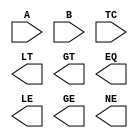
////////////////////////////////////////////////////////////////////////////////
//
//       This confidential and proprietary software may be used only
//     as authorized by a licensing agreement from Synopsys Inc.
//     In the event of publication, the following notice is applicable:
//
//                    (C) COPYRIGHT 1994 - 2018 SYNOPSYS INC.
//                           ALL RIGHTS RESERVED
//
//       The entire notice above must be reproduced on all authorized
//     copies.
//
//
// VERSION:   Simulation Architecture
//
// DesignWare_version: ed380774
// DesignWare_release: O-2018.06-DWBB_201806.3
//
////////////////////////////////////////////////////////////////////////////////
//-----------------------------------------------------------------------------------
//
// ABSTRACT:  6-Function Comparator
//           GT: A > B
//           LT: A < B
//           EQ: A = B
//           LE: A =< B
//           GE: A >= B
//           NE: A /= B
//           When TC  = 0   Unsigned numbers
//           When TC  = 1   Two's - complement numbers
//           Added functionality for X/Z handling
//           RPH        07/17/2002 
//                      Rewrote to comply with the new guidelines
//
//           dougl      12/15/04
//                      Fixed decoding of x's from "-1" to "3".
//-------------------------------------------------------------------------------
module DW01_cmp6
  (A, B, TC, LT, GT, EQ, LE, GE, NE);

  parameter integer width = 8;

  // port list declaration in order
  input [ width- 1: 0] A, B;
  input TC; // 1 => 2's complement numbers
   
  output LT; 
  output GT;
  output EQ;
  output LE;
  output GE;
  output NE;
  
   // synopsys translate_off

   wire[1:0] result;
   
    function is_less;
    parameter integer sign = width - 1;
    input [width-1 : 0]  A, B;
    input TC; //Flag of Signed
    reg	a_is_0, b_is_1, result ;
    integer i;
    begin
        if ( TC === 1'b0 ) begin  // unsigned numbers
	  result = 0;
	  for (i = 0; i <= sign; i = i + 1) begin
	      a_is_0 = A[i] === 1'b0;
	      b_is_1 = B[i] === 1'b1;
	      result = (a_is_0 & b_is_1) |
			(a_is_0 & result) |
			(b_is_1 & result);
	  end // loop
        end else begin  // signed numbers
	  if ( A[sign] !== B[sign] ) begin
	      result = A[sign] === 1'b1;
	  end else begin
	      result = 0;
	      for (i = 0; i <= sign-1; i = i + 1) begin
		  a_is_0 = A[i] === 1'b0;
		  b_is_1 = B[i] === 1'b1;
		  result = (a_is_0 & b_is_1) |
			    (a_is_0 & result) |
			    (b_is_1 & result);
	      end // loop
  	  end // if
        end // if
	is_less = result;
    end
    endfunction // ;

   function [1:0] eq_lt_gt;
      input [width-1 : 0] A, B;
      input 		  TC; //Flag of Signed
      reg[1:0]		  result;
      begin
	 if ((TC === 1'bx) | (^A) === 1'bx | (^B) === 1'bx)
	    result = 3;
	 else if (A === B)
	    result = 0;
	 else if (is_less(A,B,TC) === 1)
	    result = 1;
	 else
	    result = 2;
	 eq_lt_gt = result;
      end
   endfunction // eq_lt_gt
 
  //-------------------------------------------------------------------------
  // Parameter legality check
  //-------------------------------------------------------------------------  
    
 
  initial begin : parameter_check
    integer param_err_flg;

    param_err_flg = 0;
    
    
    if (width < 1) begin
      param_err_flg = 1;
      $display(
	"ERROR: %m :\n  Invalid value (%d) for parameter width (lower bound: 1)",
	width );
    end
    
    if ( param_err_flg == 1) begin
      $display(
        "%m :\n  Simulation aborted due to invalid parameter value(s)");
      $finish;
    end

  end // parameter_check 

       
   assign result = eq_lt_gt(A,B,TC);
   
   assign GT =  (result === 3)  ? 1'bx :
		(result === 0 | result === 1) ? 1'b0 : 1'b1;
   assign LT =  (result === 3)  ? 1'bx :
		(result === 0 | result === 2) ? 1'b0 : 1'b1;
   assign EQ =  (result === 3)  ? 1'bx :
		(result === 1 | result === 2) ? 1'b0 : 1'b1;
   assign LE =  (result === 3)  ? 1'bx :
		(result === 0 | result === 1) ? 1'b1 : 1'b0;
   assign GE =  (result === 3)  ? 1'bx :
		(result === 0 | result === 2) ? 1'b1 : 1'b0;
   assign NE =  (result === 3)  ? 1'bx :
		(result === 1 | result === 2) ? 1'b1 : 1'b0;
 // synopsys translate_on
   
endmodule // sim;